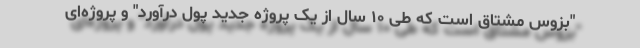
"بزوس مشتاق است که طی ۱۰ سال از یک پروژه جدید پول درآورد" و پروژه‌ای